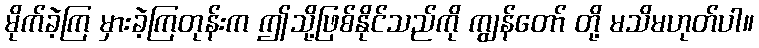
မိုက်ခဲ့ကြ မှားခဲ့ကြတုန်းက ဤသို့ဖြစ်နိုင်သည်ကို ကျွန်တော် တို့ မသိမဟုတ်ပါ။